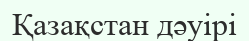
Қазақстан дәуірі